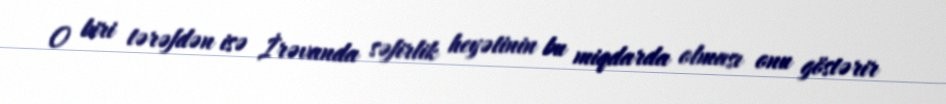
O biri tərəfdən isə İrəvanda səfirlik heyətinin bu miqdarda olması onu göstərir